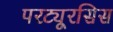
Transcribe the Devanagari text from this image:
परट्यूरसिस